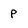
Character: p